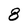
Character: 8